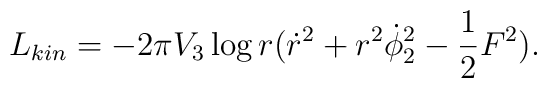
L_{kin}= -2\pi V_{3}\log r({\dot{r}}^{2}+ r^{2}\dot{\phi}_{2}^{2}- {1\over2}F^2).